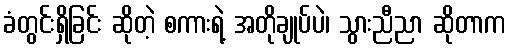
ခံတွင်းရှိခြင်း ဆိုတဲ့ စကားရဲ့ အတိုချုပ်ပဲ၊ သွားညီညာ ဆိုတာက